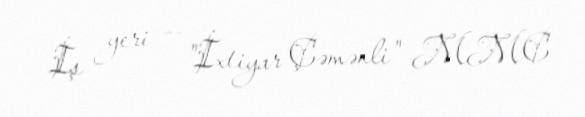
İş yeri — "İxtiyar Çəmənli" MMC